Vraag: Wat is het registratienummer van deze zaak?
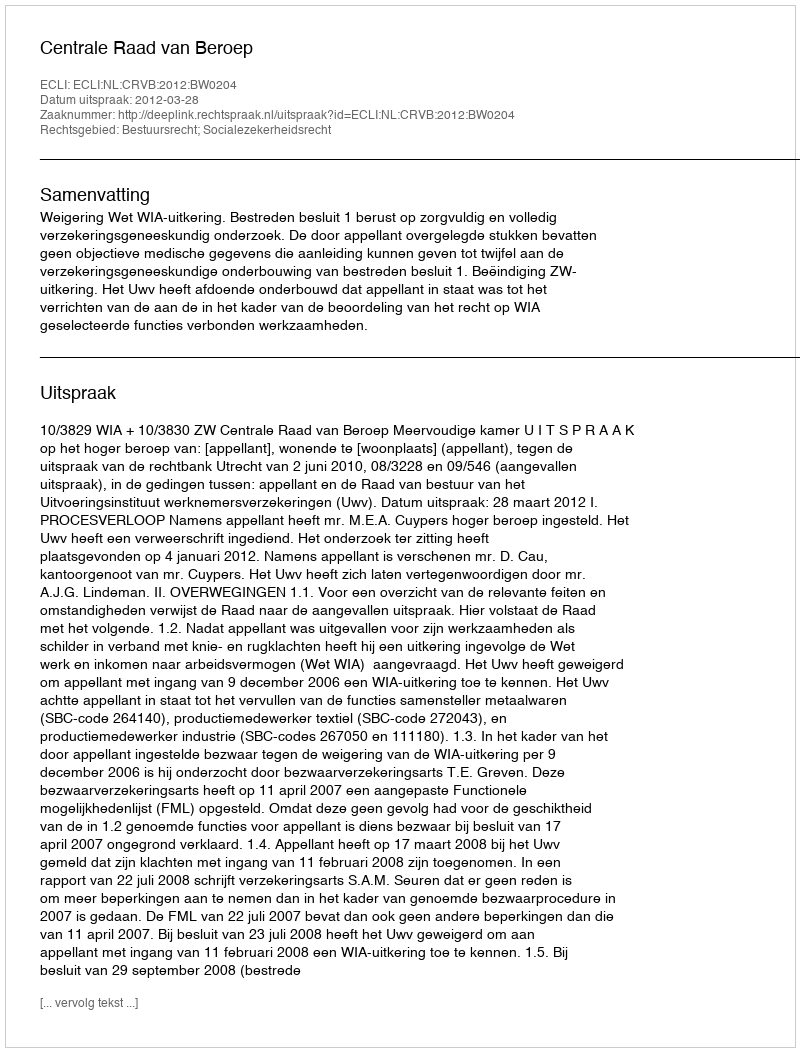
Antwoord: http://deeplink.rechtspraak.nl/uitspraak?id=ECLI:NL:CRVB:2012:BW0204